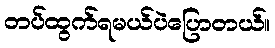
တပ်ထွက်ရမယ်ပဲပြောတယ်။